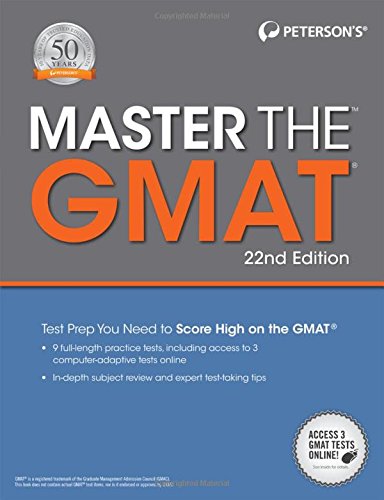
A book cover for Master the GMAT, 22nd Edition (Peterson's Master the GMAT); Peterson's; Test Preparation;